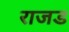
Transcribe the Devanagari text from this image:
राजड